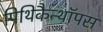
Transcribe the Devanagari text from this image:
पिथिकैन्थॉपस